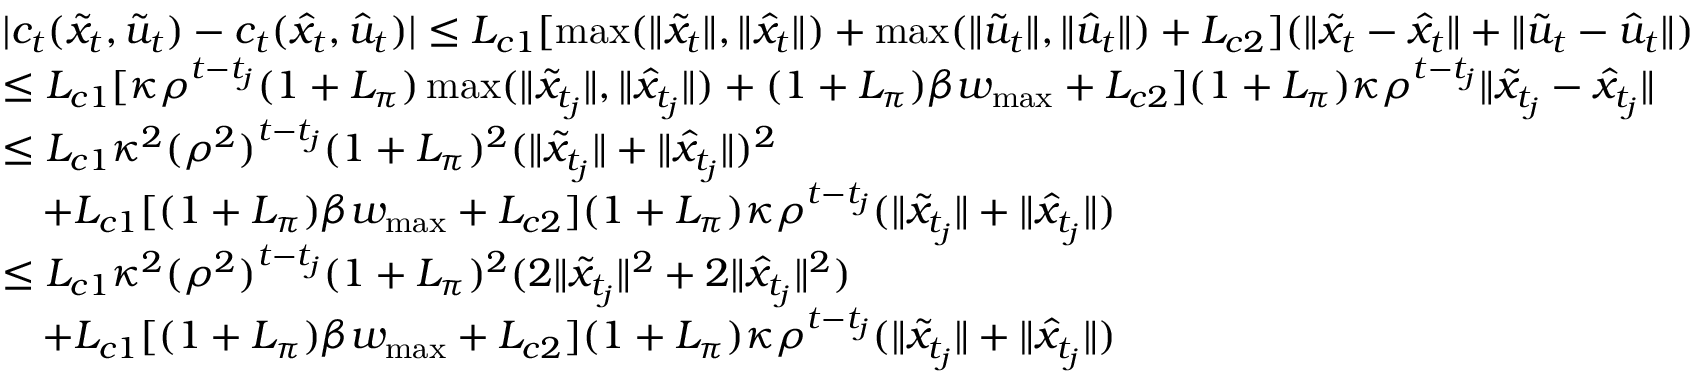
\begin{array} { r l } & { | c _ { t } ( \tilde { x } _ { t } , \tilde { u } _ { t } ) - c _ { t } ( \hat { x } _ { t } , \hat { u } _ { t } ) | \leq L _ { c 1 } [ \operatorname* { m a x } ( \| \tilde { x } _ { t } \| , \| \hat { x } _ { t } \| ) + \operatorname* { m a x } ( \| \tilde { u } _ { t } \| , \| \hat { u } _ { t } \| ) + L _ { c 2 } ] ( \| \tilde { x } _ { t } - \hat { x } _ { t } \| + \| \tilde { u } _ { t } - \hat { u } _ { t } \| ) } \\ & { \leq L _ { c 1 } [ \kappa \rho ^ { t - t _ { j } } ( 1 + L _ { \pi } ) \operatorname* { m a x } ( \| \tilde { x } _ { t _ { j } } \| , \| \hat { x } _ { t _ { j } } \| ) + ( 1 + L _ { \pi } ) \beta w _ { \operatorname* { m a x } } + L _ { c 2 } ] ( 1 + L _ { \pi } ) \kappa \rho ^ { t - t _ { j } } \| \tilde { x } _ { t _ { j } } - \hat { x } _ { t _ { j } } \| } \\ & { \leq L _ { c 1 } \kappa ^ { 2 } ( \rho ^ { 2 } ) ^ { t - t _ { j } } ( 1 + L _ { \pi } ) ^ { 2 } ( \| \tilde { x } _ { t _ { j } } \| + \| \hat { x } _ { t _ { j } } \| ) ^ { 2 } } \\ & { \quad + L _ { c 1 } [ ( 1 + L _ { \pi } ) \beta w _ { \operatorname* { m a x } } + L _ { c 2 } ] ( 1 + L _ { \pi } ) \kappa \rho ^ { t - t _ { j } } ( \| \tilde { x } _ { t _ { j } } \| + \| \hat { x } _ { t _ { j } } \| ) } \\ & { \leq L _ { c 1 } \kappa ^ { 2 } ( \rho ^ { 2 } ) ^ { t - t _ { j } } ( 1 + L _ { \pi } ) ^ { 2 } ( 2 \| \tilde { x } _ { t _ { j } } \| ^ { 2 } + 2 \| \hat { x } _ { t _ { j } } \| ^ { 2 } ) } \\ & { \quad + L _ { c 1 } [ ( 1 + L _ { \pi } ) \beta w _ { \operatorname* { m a x } } + L _ { c 2 } ] ( 1 + L _ { \pi } ) \kappa \rho ^ { t - t _ { j } } ( \| \tilde { x } _ { t _ { j } } \| + \| \hat { x } _ { t _ { j } } \| ) } \end{array}